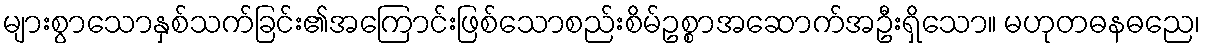
များစွာသောနှစ်သက်ခြင်း၏အကြောင်းဖြစ်သောစည်းစိမ်ဥစ္စာအဆောက်အဦးရှိသော။ မဟုတဓနဓညေ၊